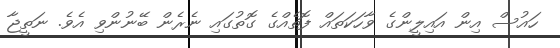
ހައުސް އިން އައިލީންގެ ވާހަކަތައް ފޮތެއްގެ ގޮތުގައި ނެރެން ބޭނުންވި އެވެ. ނަތީޖާ